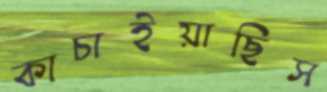
কাচাইয়াছিস